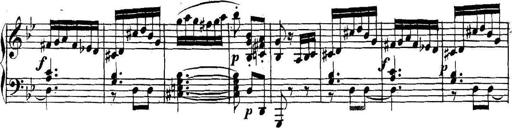
Title: Collected Piano Sonatas
Composer: Muzio Clementi